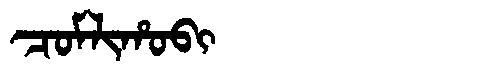
Manchu: ᠴᠣᠮᠯᡳᡥᠣᠪᡳ
Romanization: COMLIHOBI